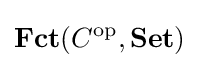
\mathbf {Fct} (C^{\text{op}},\mathbf {Set} )